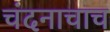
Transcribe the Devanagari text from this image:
चंदनाचाच